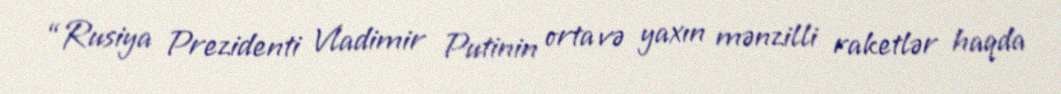
“Rusiya Prezidenti Vladimir Putinin orta və yaxın mənzilli raketlər haqda